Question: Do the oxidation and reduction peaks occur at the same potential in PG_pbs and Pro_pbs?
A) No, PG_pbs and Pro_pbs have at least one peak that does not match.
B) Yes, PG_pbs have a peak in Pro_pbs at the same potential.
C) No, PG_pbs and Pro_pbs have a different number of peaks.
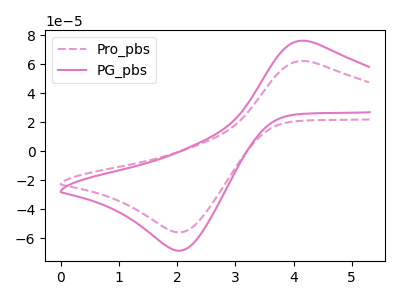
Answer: <think>The pink dashed curve "Pro_pbs" has an anodic peak at (4.25V, 61.85uA) and a cathodic peak at (2.05V, -55.95uA). The pink curve "PG_pbs" has an anodic peak at (4.25V, 75.80uA) and a cathodic peak at (2.05V, -68.55uA).</think>
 <answer>B) Yes, "PG_pbs" have a peak in "Pro_pbs" at the same potential.</answer>
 <eval>B</eval>